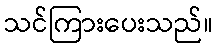
သင်ကြားပေးသည်။